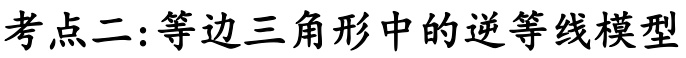
考点二:等边三角形中的逆等线模型